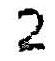
2